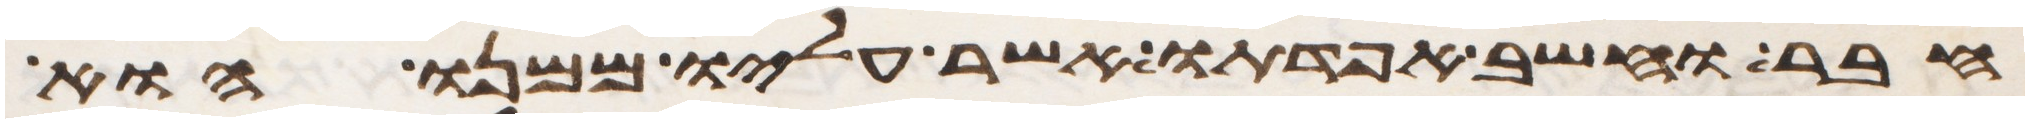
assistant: חבר וחשב אפדתו אשר עליו ממנו הוא